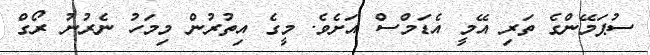
ސުޕަމޭންގެ ތަރި އޭމީ އެޑަމްސް އަށެވެ. މީގެ އިތުރުން މިމަހު ނެރުނު ރޯގް